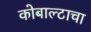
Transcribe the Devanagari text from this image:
कोबाल्टाचा